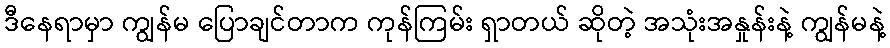
ဒီနေရာမှာ ကျွန်မ ပြောချင်တာက ကုန်ကြမ်း ရှာတယ် ဆိုတဲ့ အသုံးအနှုန်းနဲ့ ကျွန်မနဲ့